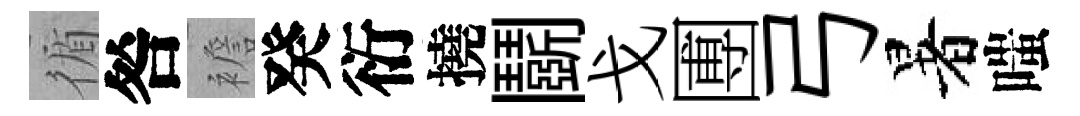
循咎襜癸衍撓鬬戈圑弓暑嗤